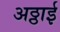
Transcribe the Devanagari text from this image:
अठ्ठाई